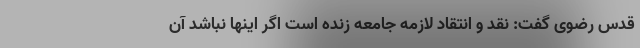
قدس رضوی گفت: نقد و انتقاد لازمه جامعه زنده است اگر اینها نباشد آن